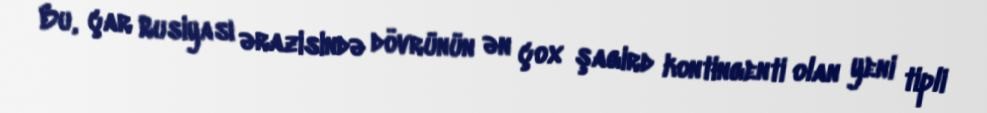
Bu, çar Rusiyası ərazisində dövrünün ən çox şagird kontingenti olan yeni tipli